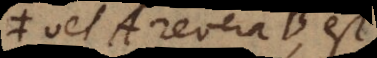
vel A revera B est